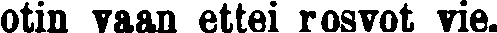
otin vaan ettei rosvot vie.